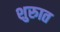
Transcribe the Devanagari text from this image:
शुरुात